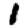
Digit: 1